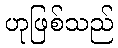
ဟုဖြစ်သည်